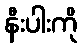
နီးပါးကို